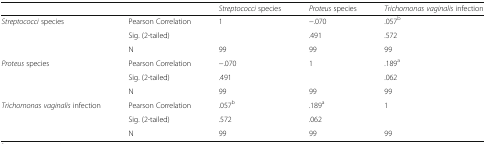
<table><thead><tr><td colspan="2"></td><td><b><i>Streptococci</i> species</b></td><td><b><i>Proteus</i> species</b></td><td><b><i>Trichomonas vaginalis</i> infection</b></td></tr></thead><tbody><tr><td rowspan="3"><i>Streptococci</i> species</td><td>Pearson Correlation</td><td>1</td><td>−.070</td><td>.057<sup>b</sup></td></tr><tr><td>Sig. (2-tailed)</td><td></td><td>.491</td><td>.572</td></tr><tr><td>N</td><td>99</td><td>99</td><td>99</td></tr><tr><td rowspan="3"><i>Proteus</i> species</td><td>Pearson Correlation</td><td>−.070</td><td>1</td><td>.189<sup>a</sup></td></tr><tr><td>Sig. (2-tailed)</td><td>.491</td><td></td><td>.062</td></tr><tr><td>N</td><td>99</td><td>99</td><td>99</td></tr><tr><td rowspan="3"><i>Trichomonas vaginalis</i> infection</td><td>Pearson Correlation</td><td>.057<sup>b</sup></td><td>.189<sup>a</sup></td><td>1</td></tr><tr><td>Sig. (2-tailed)</td><td>.572</td><td>.062</td><td></td></tr><tr><td>N</td><td>99</td><td>99</td><td>99</td></tr></tbody></table>